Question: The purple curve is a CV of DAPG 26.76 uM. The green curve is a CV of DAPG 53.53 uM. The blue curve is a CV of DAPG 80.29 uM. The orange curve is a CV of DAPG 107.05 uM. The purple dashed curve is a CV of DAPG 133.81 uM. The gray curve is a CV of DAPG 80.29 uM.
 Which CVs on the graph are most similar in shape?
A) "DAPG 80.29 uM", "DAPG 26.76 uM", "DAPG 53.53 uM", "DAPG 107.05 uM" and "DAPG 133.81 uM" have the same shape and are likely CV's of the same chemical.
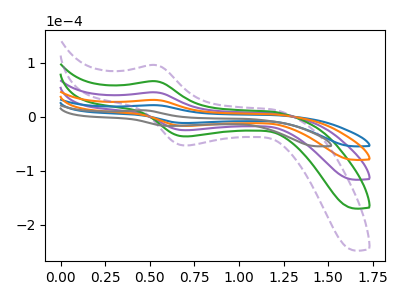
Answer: <think>The purple curve "DAPG 26.76 uM" has an anodic peak at (0.55V, 61.75uA) and a cathodic peak at (0.70V, -34.50uA). The green curve "DAPG 53.53 uM" has an anodic peak at (0.55V, 92.65uA) and a cathodic peak at (0.70V, -51.75uA). The blue curve "DAPG 80.29 uM" has an anodic peak at (0.55V, 21.20uA) and a cathodic peak at (0.70V, -11.85uA). The orange curve "DAPG 107.05 uM" has an anodic peak at (0.55V, 30.90uA) and a cathodic peak at (0.70V, -17.25uA). The purple dashed curve "DAPG 133.81 uM" has an anodic peak at (0.55V, 123.50uA) and a cathodic peak at (0.70V, -69.00uA). The gray curve "DAPG 80.29 uM" has an anodic peak at (0.45V, 11.70uA) and a cathodic peak at (0.60V, -17.20uA).
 All the peaks in "DAPG 26.76 uM" have a peak in "DAPG 53.53 uM" at the same potential. Every peak in "DAPG 26.76 uM" is lower than every peak in "DAPG 53.53 uM". All the peaks in "DAPG 26.76 uM" have a peak in "DAPG 80.29 uM" at the same potential. Every peak in "DAPG 26.76 uM" is higher than every peak in "DAPG 80.29 uM". All the peaks in "DAPG 26.76 uM" have a peak in "DAPG 107.05 uM" at the same potential. Every peak in "DAPG 26.76 uM" is higher than every peak in "DAPG 107.05 uM". All the peaks in "DAPG 26.76 uM" have a peak in "DAPG 133.81 uM" at the same potential. Every peak in "DAPG 26.76 uM" is lower than every peak in "DAPG 133.81 uM". "DAPG 26.76 uM" and "DAPG 80.29 uM" have at least one peak that do not match. All the peaks in "DAPG 53.53 uM" have a peak in "DAPG 80.29 uM" at the same potential. Every peak in "DAPG 53.53 uM" is higher than every peak in "DAPG 80.29 uM". All the peaks in "DAPG 53.53 uM" have a peak in "DAPG 107.05 uM" at the same potential. Every peak in "DAPG 53.53 uM" is higher than every peak in "DAPG 107.05 uM". All the peaks in "DAPG 53.53 uM" have a peak in "DAPG 133.81 uM" at the same potential. Every peak in "DAPG 53.53 uM" is lower than every peak in "DAPG 133.81 uM". "DAPG 53.53 uM" and "DAPG 80.29 uM" have at least one peak that do not match. All the peaks in "DAPG 80.29 uM" have a peak in "DAPG 107.05 uM" at the same potential. Every peak in "DAPG 80.29 uM" is lower than every peak in "DAPG 107.05 uM". All the peaks in "DAPG 80.29 uM" have a peak in "DAPG 133.81 uM" at the same potential. Every peak in "DAPG 80.29 uM" is lower than every peak in "DAPG 133.81 uM". "DAPG 80.29 uM" and "DAPG 80.29 uM" have at least one peak that do not match. All the peaks in "DAPG 107.05 uM" have a peak in "DAPG 133.81 uM" at the same potential. Every peak in "DAPG 107.05 uM" is lower than every peak in "DAPG 133.81 uM". "DAPG 107.05 uM" and "DAPG 80.29 uM" have at least one peak that do not match. "DAPG 133.81 uM" and "DAPG 80.29 uM" have at least one peak that do not match.</think>
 <answer>A) "DAPG 80.29 uM", "DAPG 26.76 uM", "DAPG 53.53 uM", "DAPG 107.05 uM" and "DAPG 133.81 uM" have the same shape and are likely CV's of the same chemical.</answer>
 <eval>A</eval>